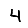
Digit: 4